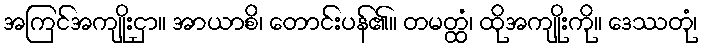
အကြင်အကျိုးငှာ။ အာယာစိ၊ တောင်းပန်၏။ တမတ္ထံ၊ ထိုအကျိုးကို။ ဒေဿတုံ၊